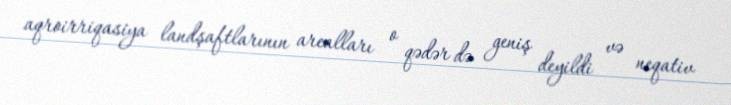
aqroirriqasiya landşaftlarının arealları o qədər də geniş deyildi və neqativ